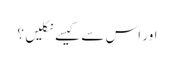
اور اس سے کیسے نکلیں ؟